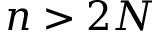
n > 2 N